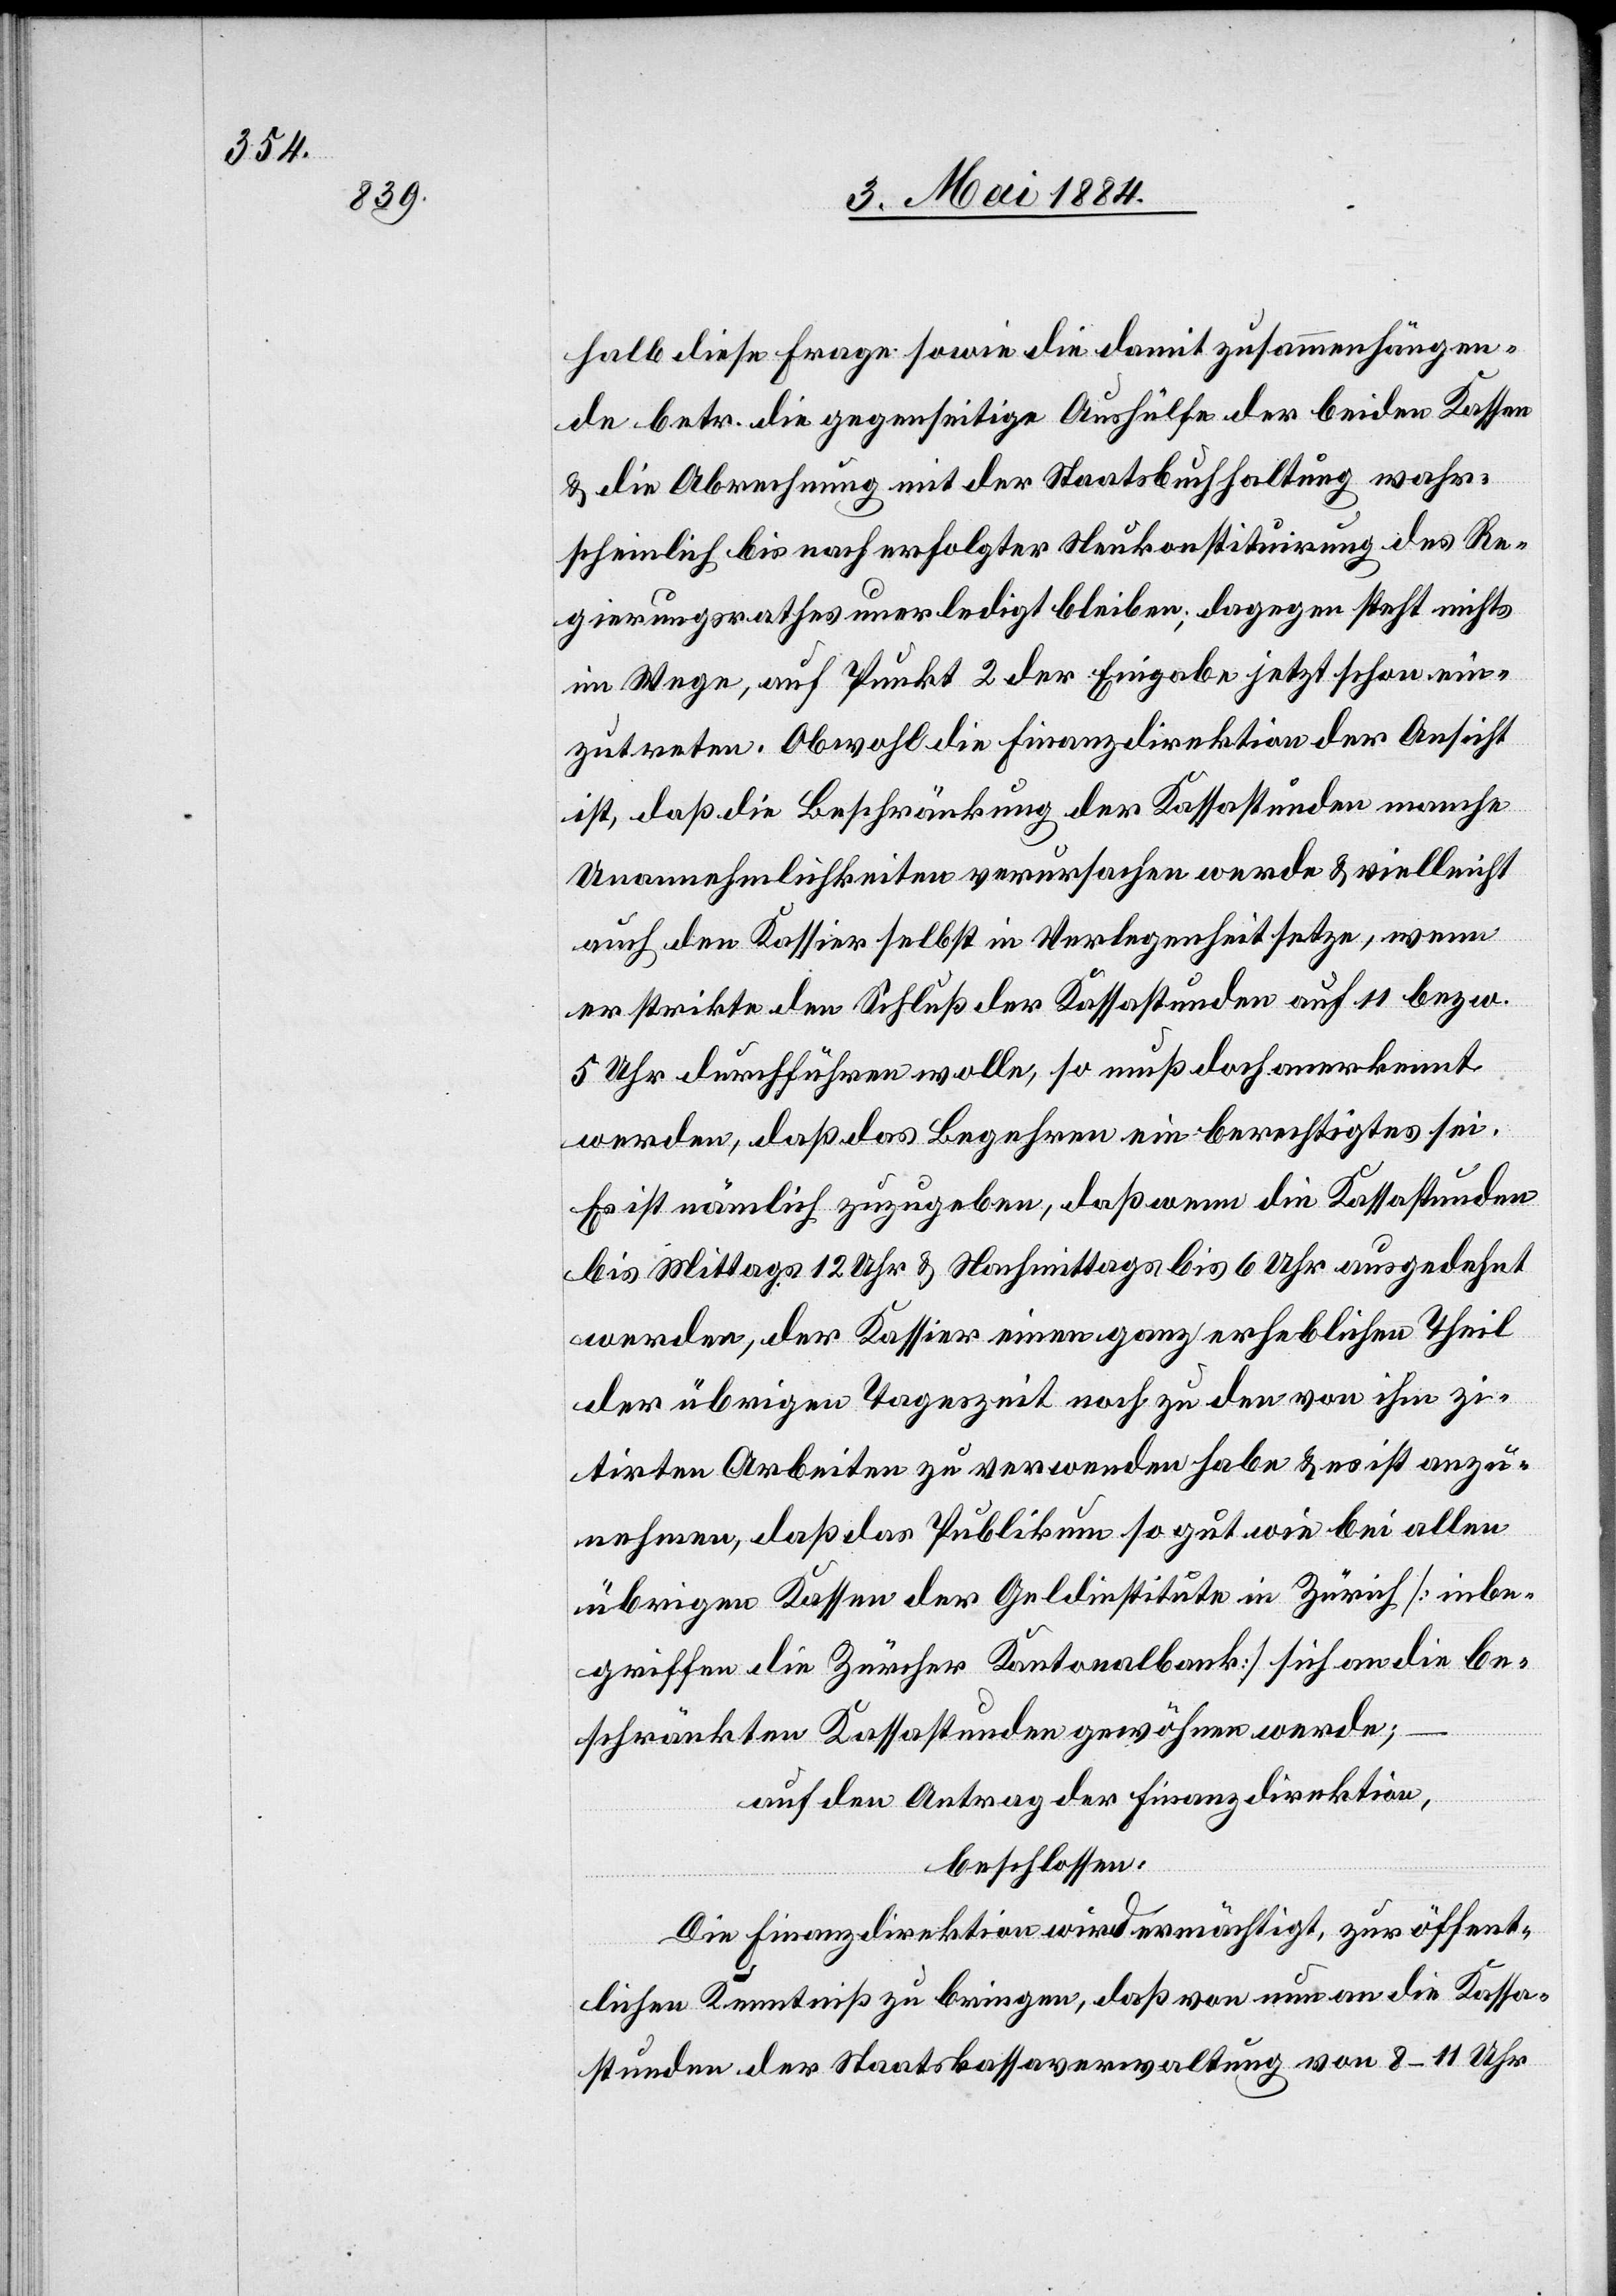
halb diese Frage sowie die damit zusammenhängen¬
de betr. die gegenseitige Aushülfe der beiden Kassen
& die Abrechnung mit der Staatsbuchhaltung wahr¬
scheinlich bis nach erfolgter Neukonstituirung des Re¬
gierungsrathes unerledigt bleiben, dagegen steht nichts
im Wege, auf Punkt 2 der Eingabe jetzt schon ein¬
zutreten. Obwohl die Finanzdirektion der Ansicht
ist, daß die Beschränkung der Kassastunden manche
Unannehmlichkeiten verursachen werde & vielleicht
auch den Kassier selbst in Verlegenheit setze, wenn
er strikte den Schluß der Kassastunden auf 11 bezw.
5 Uhr durchführen wolle, so muß doch anerkannt
werden, daß das Begehren ein berechtigtes sei.
Es ist nämlich zuzugeben, daß wenn die Kassastunden
bis Mittags 12 Uhr & Nachmittags bis 6 Uhr ausgedehnt
werden, der Kassier einen ganz erheblichen Theil
der übrigen Tageszeit noch zu den von ihm zi¬
tirten Arbeiten zu verwenden habe & es ist anzu¬
nehmen, daß das Publikum so gut wie bei allen
übrigen Kassen der Geldinstitute in Zürich [inbe¬
griffen die Zürcher Kantonalbank] sich an die be¬
schränkten Kassastunden gewöhnen werde;
auf den Antrag der Finanzdirektion,
beschlossen:
Die Finanzdirektion wird ermächtigt, zur öffent¬
lichen Kenntniß zu bringen, daß von nun an die Kassa¬
stunden der Staatskassaverwaltung von 8–11 Uhr